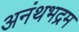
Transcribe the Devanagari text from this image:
अनंथभद्रम